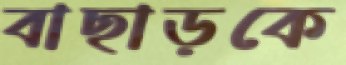
বাছাড়কে